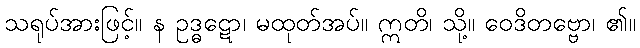
သရုပ်အားဖြင့်။ န ဥဒ္ဓဋော၊ မထုတ်အပ်။ ဣတိ၊ သို့။ ဝေဒိတဗ္ဗော၊ ၏။